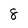
Character: 8